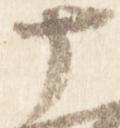
十